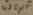
Text: 470µF